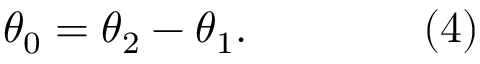
\theta _ { 0 } = \theta _ { 2 } - \theta _ { 1 } . \qquad \qquad ( 4 )